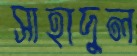
সাহাদুল